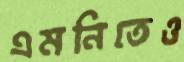
এমনিতেও